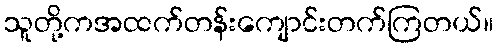
သူတို့ကအထက်တန်းကျောင်းတက်ကြတယ်။